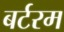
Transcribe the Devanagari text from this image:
बर्टरम